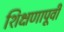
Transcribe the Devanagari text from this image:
शिक्षणापूर्वी